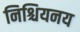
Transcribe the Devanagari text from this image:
निश्चियनय